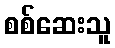
စစ်ဆေးသူ